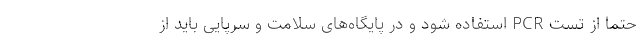
حتما از تست PCR استفاده شود و در پایگاه‌های سلامت و سرپایی باید از